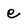
Character: e